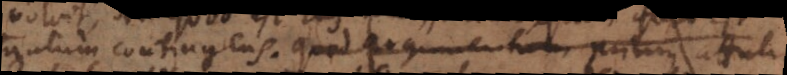
tantum contingens. Quod argumentum primus attulit